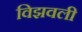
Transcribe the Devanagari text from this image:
विझवली